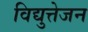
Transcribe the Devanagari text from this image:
विद्युत्तेजन